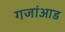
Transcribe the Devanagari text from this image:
गजांआड